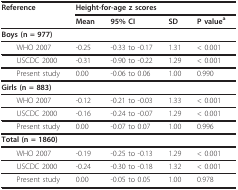
| Reference | <COLSPAN=4> Height-for-age z scores |
 |  | Mean | 95% CI | SD | P valuea |
 | --- | --- | --- | --- | --- |
 | Boys (n = 977) |  |  |  |  |
 | WHO 2007 | -0.25 | -0.33 to -0.17 | 1.31 | < 0.001 |
 | USCDC 2000 | -0.31 | -0.90 to -0.22 | 1.29 | < 0.001 |
 | Present study | 0.00 | -0.06 to 0.06 | 1.00 | 0.990 |
 | Girls (n = 883) |  |  |  |  |
 | WHO 2007 | -0.12 | -0.21 to -0.03 | 1.33 | < 0.001 |
 | USCDC 2000 | -0.16 | -0.24 to -0.07 | 1.29 | < 0.001 |
 | Present study | 0.00 | -0.07 to 0.07 | 1.00 | 0.996 |
 | Total (n = 1860) |  |  |  |  |
 | WHO 2007 | -0.19 | -0.25 to -0.13 | 1.29 | < 0.001 |
 | USCDC 2000 | -0.24 | -0.30 to -0.18 | 1.32 | < 0.001 |
 | Present study | 0.00 | -0.05 to 0.05 | 1.00 | 0.978 |